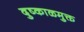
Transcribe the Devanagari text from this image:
दुष्काळमुक्त